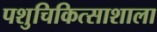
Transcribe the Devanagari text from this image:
पशुचिकित्साशाला